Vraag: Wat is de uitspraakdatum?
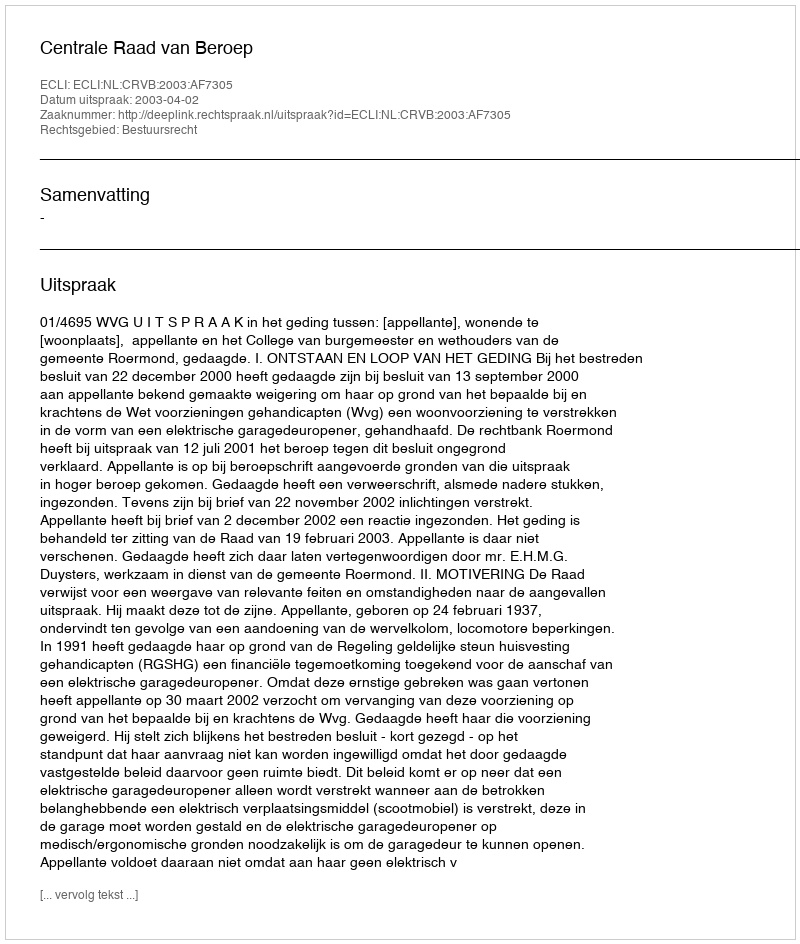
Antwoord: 2003-04-02